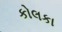
કોલકા